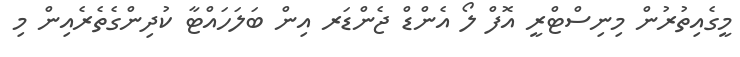
މީގެއިތުރުން މިނިސްޓްރީ އޮފް ލޯ އެންޑް ޖެންޑަރ އިން ބަލަހައްޓާ ކުދިންގެތެރެއިން މި